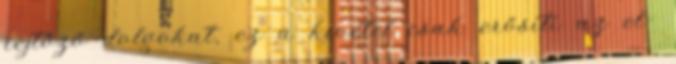
rejtőző dolgokat, ez a kivétel csak erősíti az el-